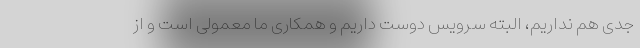
جدی هم نداریم، البته سرویس دوست داریم و همکاری ما معمولی است و از